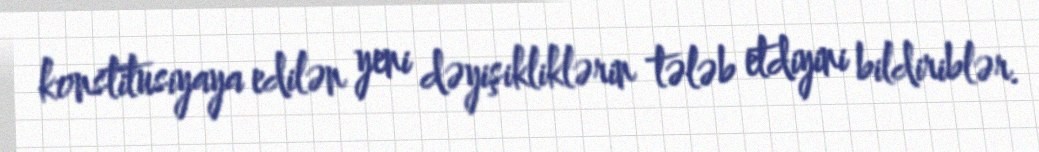
konstitusiyaya edilən yeni dəyişikliklərin tələb etdiyini bildiriblər.